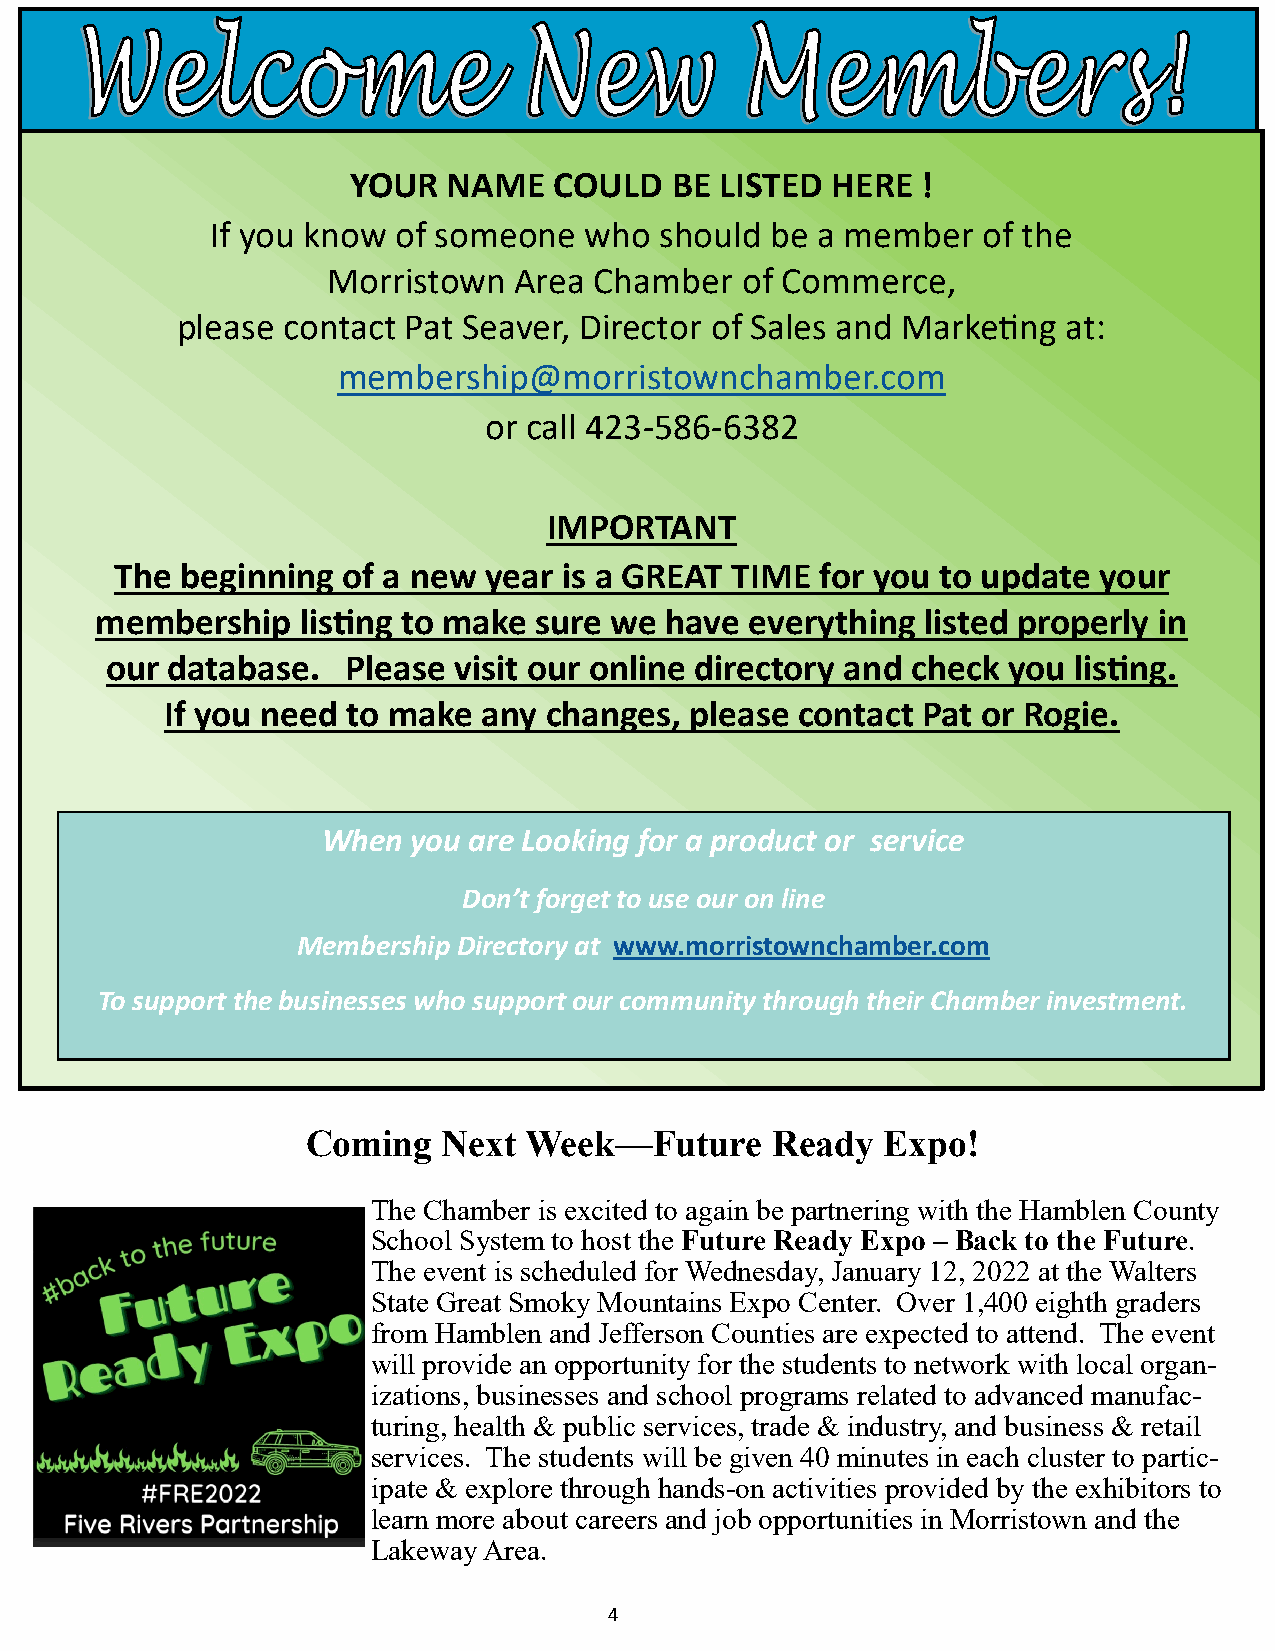
YOUR   NAME   COULD  BE  LISTED HERE  !
 If you know of someone   who  should be a member   of the
 Morristown  Area Chamber   of Commerce,
 please contact Pat Seaver, Director of Sales and Marketing at:
 membership@morristownchamber.com
 or call 423-586-6382
 IMPORTANT
 The beginning  of a new year is a GREAT TIME  for you to update  your
 membership    listing to make sure we have  everything listed properly in
 our database.   Please visit our online directory and check you listing.
 If you need to make  any changes,  please contact Pat or Rogie.
 When  you are Looking for a product or service
 Don’t forget to use our on line
 Membership Directory at www.morristownchamber.com
 To support the businesses who support our community through their Chamber investment.
 Coming   Next  Week—Future     Ready  Expo!
 The Chamber is excited to again be partnering with the Hamblen County
 School System to host the Future Ready Expo – Back to the Future.
 The event is scheduled for Wednesday, January 12, 2022 at the Walters
 State Great Smoky Mountains Expo Center. Over 1,400 eighth graders
 from Hamblen and Jefferson Counties are expected to attend. The event
 will provide an opportunity for the students to network with local organ-
 izations, businesses and school programs related to advanced manufac-
 turing, health & public services, trade & industry, and business & retail
 services. The students will be given 40 minutes in each cluster to partic-
 ipate & explore through hands-on activities provided by the exhibitors to
 learn more about careers and job opportunities in Morristown and the
 Lakeway Area.
 4